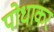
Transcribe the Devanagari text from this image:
पोधाकर